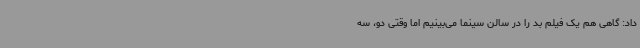
داد: گاهی هم یک فیلم بد را در سالن سینما می‌بینیم اما وقتی دو، سه